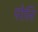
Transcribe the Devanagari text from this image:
पोलि